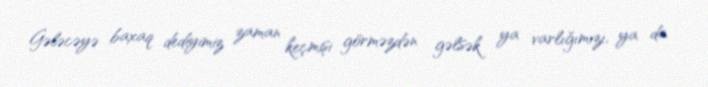
Gələcəyə baxaq dediyimiz zaman keçmişi görməzdən gəlsək ya varlığımızı, ya da